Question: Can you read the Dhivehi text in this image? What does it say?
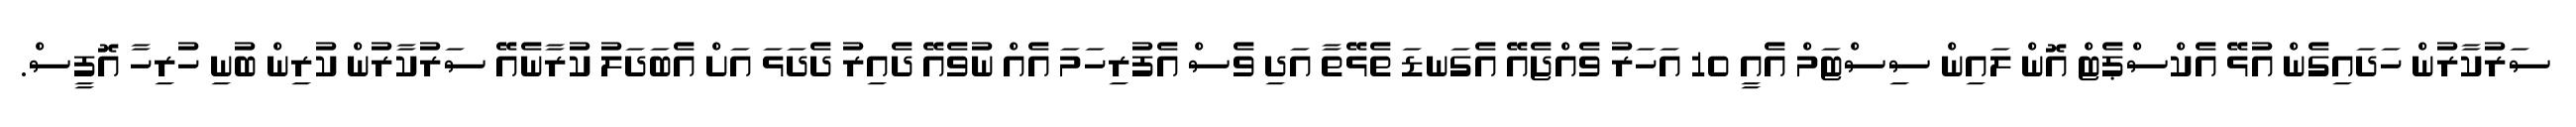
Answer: ސަރުކާރުން ހަދައިގެން އުޅޭ އެކްސްޕެޓް އޮން ލައިން ސިސްޓަމް އެއީ 10 އަހަރު ވެއްޖެއޭ އެގަނޑަ ތެޅޭތާ އަދި ވެސް އެފުރިހަމަ އެއް ނުވެއޭ ދެއިރު ދެދަޅަ އަށް އެބަދަލު ކުރާނެއޭ ސަރުކާރުން ކުރިން ބުނި ހުރިހާ އޮފީސް.